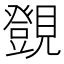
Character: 覴